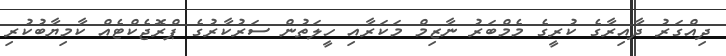
ދިއްގަރު ދާއިރާގެ ކުރީގެ މެމްބަރު ނާޒިމް މަކަރާއި ހީލަތުން ސަރުކާރުގެ ޕްރޮޖެކްޓެއް ކާމިޔާބުކުރި